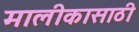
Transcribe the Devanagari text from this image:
मालीकासाठी